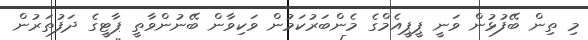
މި ތިން ބޭފުޅުން ވަނީ ޕީޕީއެމްގެ މެންބަރުކަމުން ވަކިވާން ބޭނުންވާތީ ޕާޓީގެ ދަފުތަރުން